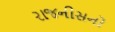
રાજનીસનો